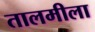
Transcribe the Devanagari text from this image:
तालमीला